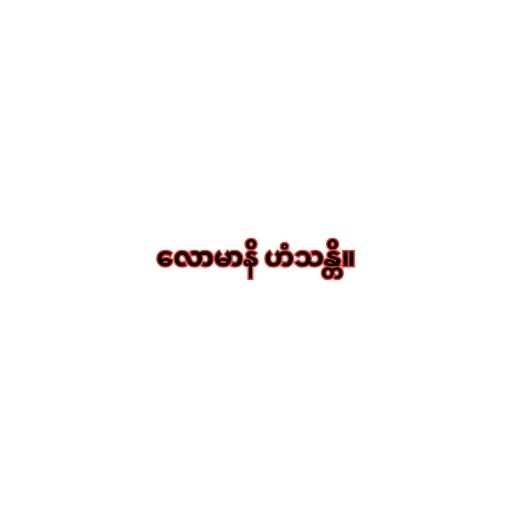
လောမာနိ ဟံသန္တိ။